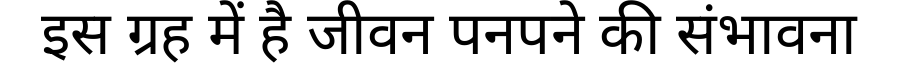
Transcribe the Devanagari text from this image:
इस ग्रह में है जीवन पनपने की संभावना